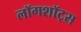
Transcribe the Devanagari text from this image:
लॉगशॉट्स